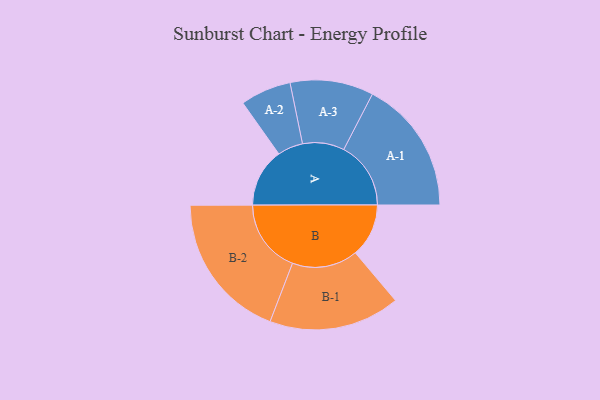
{"axis": {"x": "Segment", "y": "Value"}, "legend": ["", "A", "B"], "data": [{"x": "A", "y": 231, "type": ""}, {"x": "B", "y": 210, "type": ""}, {"x": "A-1", "y": 264, "type": "A"}, {"x": "A-2", "y": 100, "type": "A"}, {"x": "A-3", "y": 164, "type": "A"}, {"x": "B-1", "y": 258, "type": "B"}, {"x": "B-2", "y": 290, "type": "B"}]}